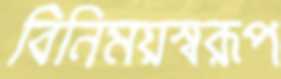
বিনিময়স্বরূপ